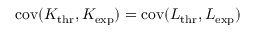
\mathrm { c o v } ( K _ { \mathrm { t h r } } , K _ { \mathrm { e x p } } ) = \mathrm { c o v } ( L _ { \mathrm { t h r } } , L _ { \mathrm { e x p } } )